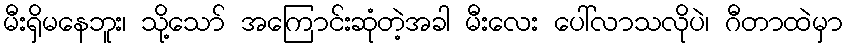
မီးရှိမနေဘူး၊ သို့သော် အကြောင်းဆုံတဲ့အခါ မီးလေး ပေါ်လာသလိုပဲ၊ ဂီတာထဲမှာ